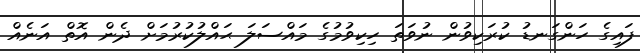
ފައިގެ ހަންގަނޑު ކުރަކިވުން ނުވަތަ ހިކިވުމުގެ މައްސަލަ ޙައްލުކުރުމަށް ދެން އޮތް އަނެއް